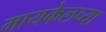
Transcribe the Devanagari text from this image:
मायकेलच्या